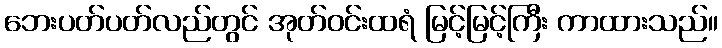
ဘေးပတ်ပတ်လည်တွင် အုတ်ဝင်းထရံ မြင့်မြင့်ကြီး ကာထားသည်။